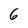
Character: 6